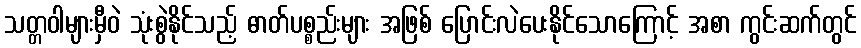
သတ္တဝါများမှီဝဲ သုံးစွဲနိုင်သည့် ဓာတ်ပစ္စည်းများ အဖြစ် ပြောင်းလဲပေးနိုင်သောကြောင့် အစာ ကွင်းဆက်တွင်